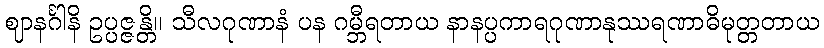
ဈာနင်္ဂါနိ ဥပ္ပဇ္ဇန္တိ။ သီလဂုဏာနံ ပန ဂမ္ဘီရတာယ နာနပ္ပကာရဂုဏာနုဿရဏာဓိမုတ္တတာယ